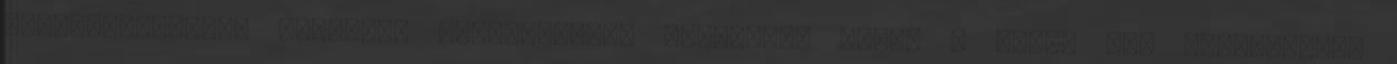
megtévesztésére szolgáló kereskedelmi faxverés. Aztán a végén már belekeverik